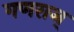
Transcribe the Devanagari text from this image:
गणराज्